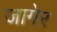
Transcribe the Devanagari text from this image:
जागेर